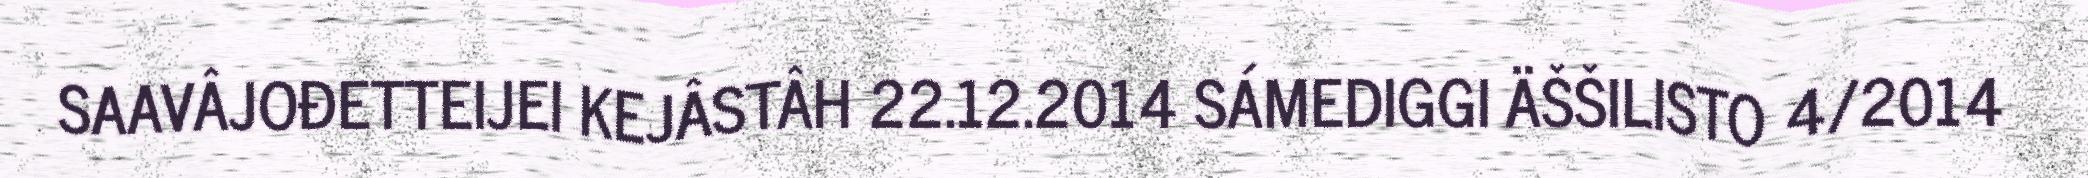
SAAVÂJOĐETTEIJEI KEJÂSTÂH 22.12.2014 SÁMEDIGGI ÄŠŠILISTO 4/2014